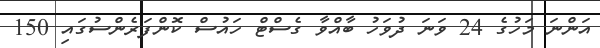
އަންނަ މަހުގެ 24 ވަނަ ދުވަހު ބާއްވާ ގެސްޓް ހައުސް ކޮންފަރެންސުގައި 150